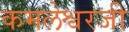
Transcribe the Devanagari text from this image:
कमलेश्वरजी